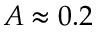
A \approx 0 . 2